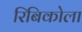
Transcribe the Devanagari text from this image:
रिबिकोला